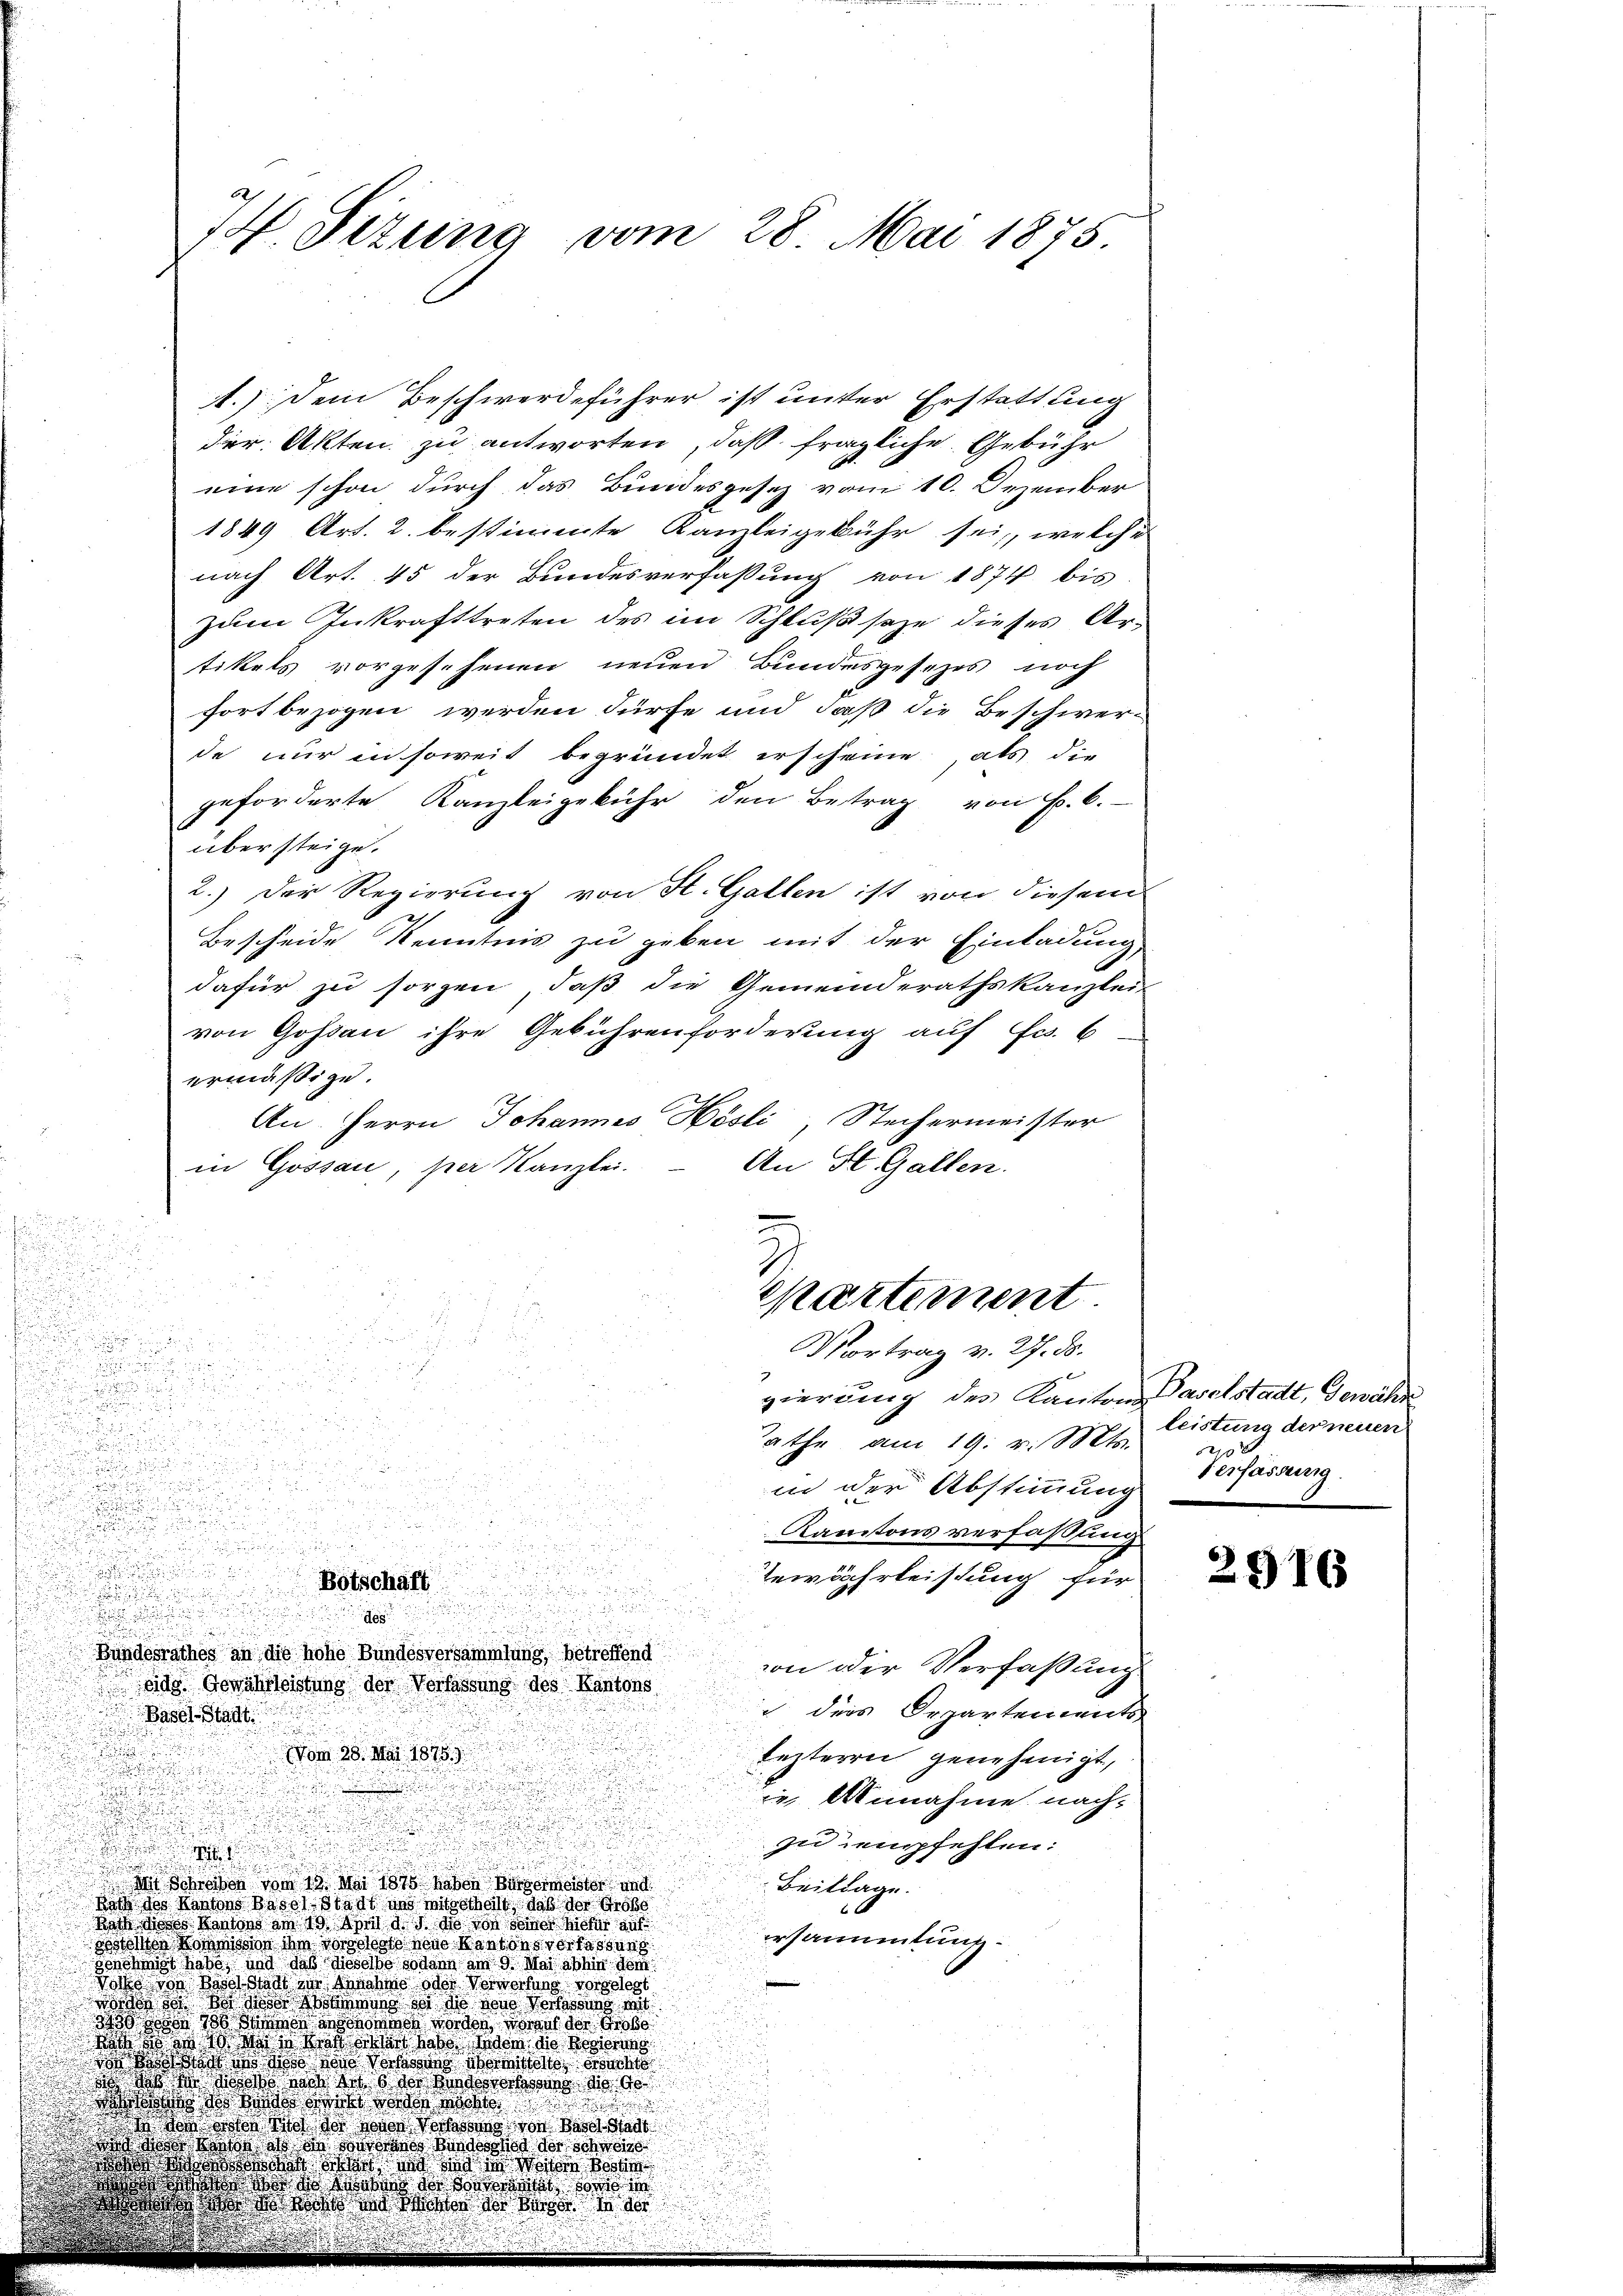
74 Sizung vom 28. Mai 1875.

1.) Dem Beschwerdeführer ist unter Erstattung
der Akten zu antworten, daß fragliche Gebühr
eine schon durch das Bundesgesen vom 10. Ovember
1849 Art. 2. bestimmte Kamleigebühr sei, welche
nach Art. 45 der Bundesverfassung von 1874 bis
zum Inkrafttreten des im Schluß seze dieses Artikels vorgesehenen neuen Bundesgesezes noch
fort bezogen werden dürfe und daß die Beschwer-
de nur in soweit begründet erscheine als die
geforderte Kanzleigebühr den Betrag von B. 6.
über steige.
2.) Der Regierung von St. Gallen ist von diesem
Bescheide Kenntnis zu geben mit der Einladung
dafür zu sorgen, daß die Gemeinderathskanzlei-
von Goßau ihre Gebührenforderung auf Fr. 6
ermäßige.
An Herrn Johannes Hösli, Stechermeister
An St. Gallen.
in Gossau, per Kanzlei.

¬
u
u

Separtement

de
Portrag v. 27. ds.

8 f 25

gierung des Kantonsaselstadt, Gewähre

Tatte am 19. v. Mts.

in der Abstimmung

¬
u
.
u
2

Kantons verfaßung

Bewährleistung für
e
Botschäft

n

d
n
s

Bundesrathes an die hohe Bundesversammlung, betreffend in der Verfaßung
bidg. Gewährleistung der Verfassung des Kantons
 des Orpartements
Basel Stadt

Vom 28. Mai 1875.
beitern genehmigt,

¬

.
in Unnatine nach-
u
u

zu empfehlen:

g

Mit Schreiben vom 13. Mai 1875 haben Bürgermeister und
Beitrage.
Roth des Kantons Basel Stadt uns mitgetheilt, daß der Große
Nach dieses Kantons am 10. April d. J. so von seiner hiefür auf
ersammlung
gestehen Kommission ihm vorgeles neue Kantonsverfassung
genehmigt habe, und daß dieselbe sodann am 9. Mai abhin dem
Vond von Baselstadt zur Annahme oder Verwerfung vorgelegt
 53 des ab Sei der von der mit
3238 von 1788. Sie schon worden an der Gro
s
ht so sich in der die Wahl des hart habe dem die Regierung
n
sart des die hohe Voraus Wortete ersuchte
  dass so daß nahe des so wohne No 90
 d Weise oder von

o et der Nach Vorhaben von Basel Stadt
 a Marth, als die Barbanes Bundesglied der schweize
   und in weiten Best
dass es an der Worte sono in

e

leistung der neuen
x
Verfassung

2916